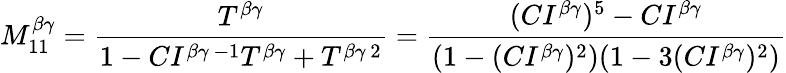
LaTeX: M_{11}^{\beta\gamma}=\frac{T^{\beta\gamma}}{1-CI^{\beta\gamma\, -1}T^{\beta\gamma}+T^{\beta\gamma\, 2}}=\frac{(CI^{\beta\gamma})^{5}-CI^{\beta\gamma}}{(1-(CI^{\beta\gamma})^{2})(1-3(CI^{\beta\gamma})^{2})}